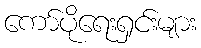
ကော်ပိုရေးရှင်းများ